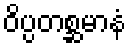
ဝိပ္ပတစ္ဆမာနံ